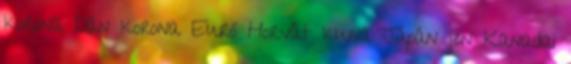
korona Dán korona Euró Horvát kuna Japán jen Kanadai